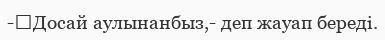
-	Досай аулынанбыз,- деп жауап береді.